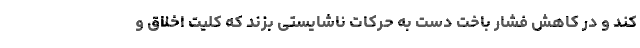
کند و در کاهش فشار باخت دست به حرکات ناشایستی بزند که کلیت اخلاق و